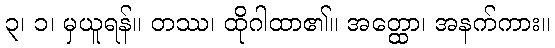
၃၊ ၁၊ မှယူရန်။ တဿ၊ ထိုဂါထာ၏။ အတ္ထော၊ အနက်ကား။